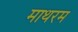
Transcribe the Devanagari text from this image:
माथरम